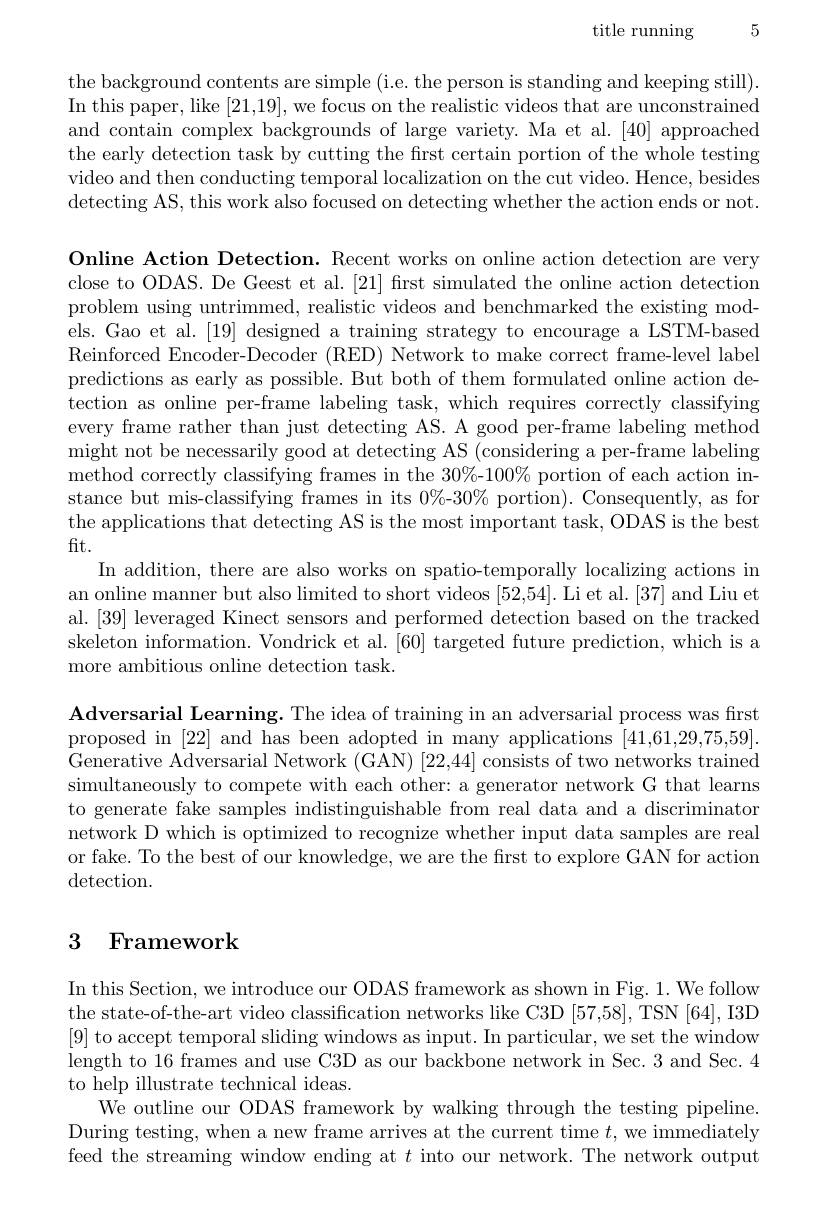
title running 5

the background contents are simple (i.e. the person is standing and keeping still). In this paper, like [21,19], we focus on the realistic videos that are unconstrained and contain complex backgrounds of large variety. Ma et al.[40] approached the early detection task by cutting the first certain portion of the whole testing video and then conducting temporal localization on the cut video. Hence, besides detecting AS, this work also focused on detecting whether the action ends or not.

Online Action Detection. Recent works on online action detection are very close to ODAS. De Geest et al. [21] first simulated the online action detection problem using untrimmed, realistic videos and benchmarked the existing models. Gao et al. [19] designed a training strategy to encourage a LSTM-based Reinforced Encoder-Decoder (RED) Network to make correct frame-level label predictions as early as possible. But both of them formulated online action detection as online per-frame labeling task, which requires correctly classifying every frame rather than just detecting AS. A good per-frame labeling method might not be necessarily good at detecting AS (considering a per-frame labeling method correctly classifying frames in the 30%-100% portion of each action instance but mis-classifying frames in its 0%-30% portion). Consequently, as for the applications that detecting AS is the most important task, ODAS is the best fit.
In addition, there are also works on spatio-temporally localizing actions in an online manner but also limited to short videos [52,54]. Li et al. [37] and Liu et al. [39] leveraged Kinect sensors and performed detection based on the tracked skeleton information. Vondrick et al. [60] targeted future prediction, which is a more ambitious online detection task.
Adversarial Learning. The idea of training in an adversarial process was first proposed in [22] and has been adopted in many applications [41,61,29,75,59].

Generative Adversarial Network (GAN) [22,44] consists of two networks trained simultaneously to compete with each other: a generator network G that learns to generate fake samples indistinguishable from real data and a discriminator network D which is optimized to recognize whether input data samples are real or fake. To the best of our knowledge, we are the first to explore GAN for action detection.

# 3 Framework

In this Section, we introduce our ODAS framework as shown in Fig. 1. We follow the state-of-the-art video classification networks like C3D [57,58], TSN [64], I3D [9] to accept temporal sliding windows as input. In particular, we set the window length to 16 frames and use C3D as our backbone network in Sec. 3 and Sec. 4 to help illustrate technical ideas.
We outline our ODAS framework by walking through the testing pipeline During testing, when a new frame arrives at the current time $t$, we immediately feed the streaming window ending at $t$ into our network.The network output